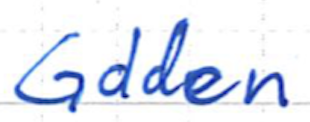
Text: Golden
Cross-out: clean
Writing tool: ballpoint